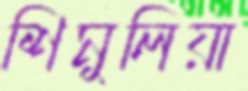
শিমুলিয়া